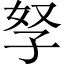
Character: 孥